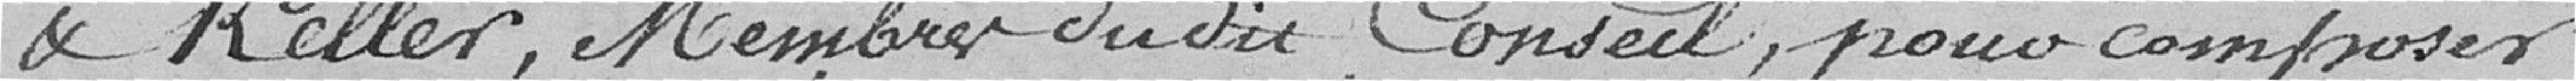
et Keller, membres du consil pour composer